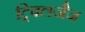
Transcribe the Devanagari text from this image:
ट्रिबलजैज